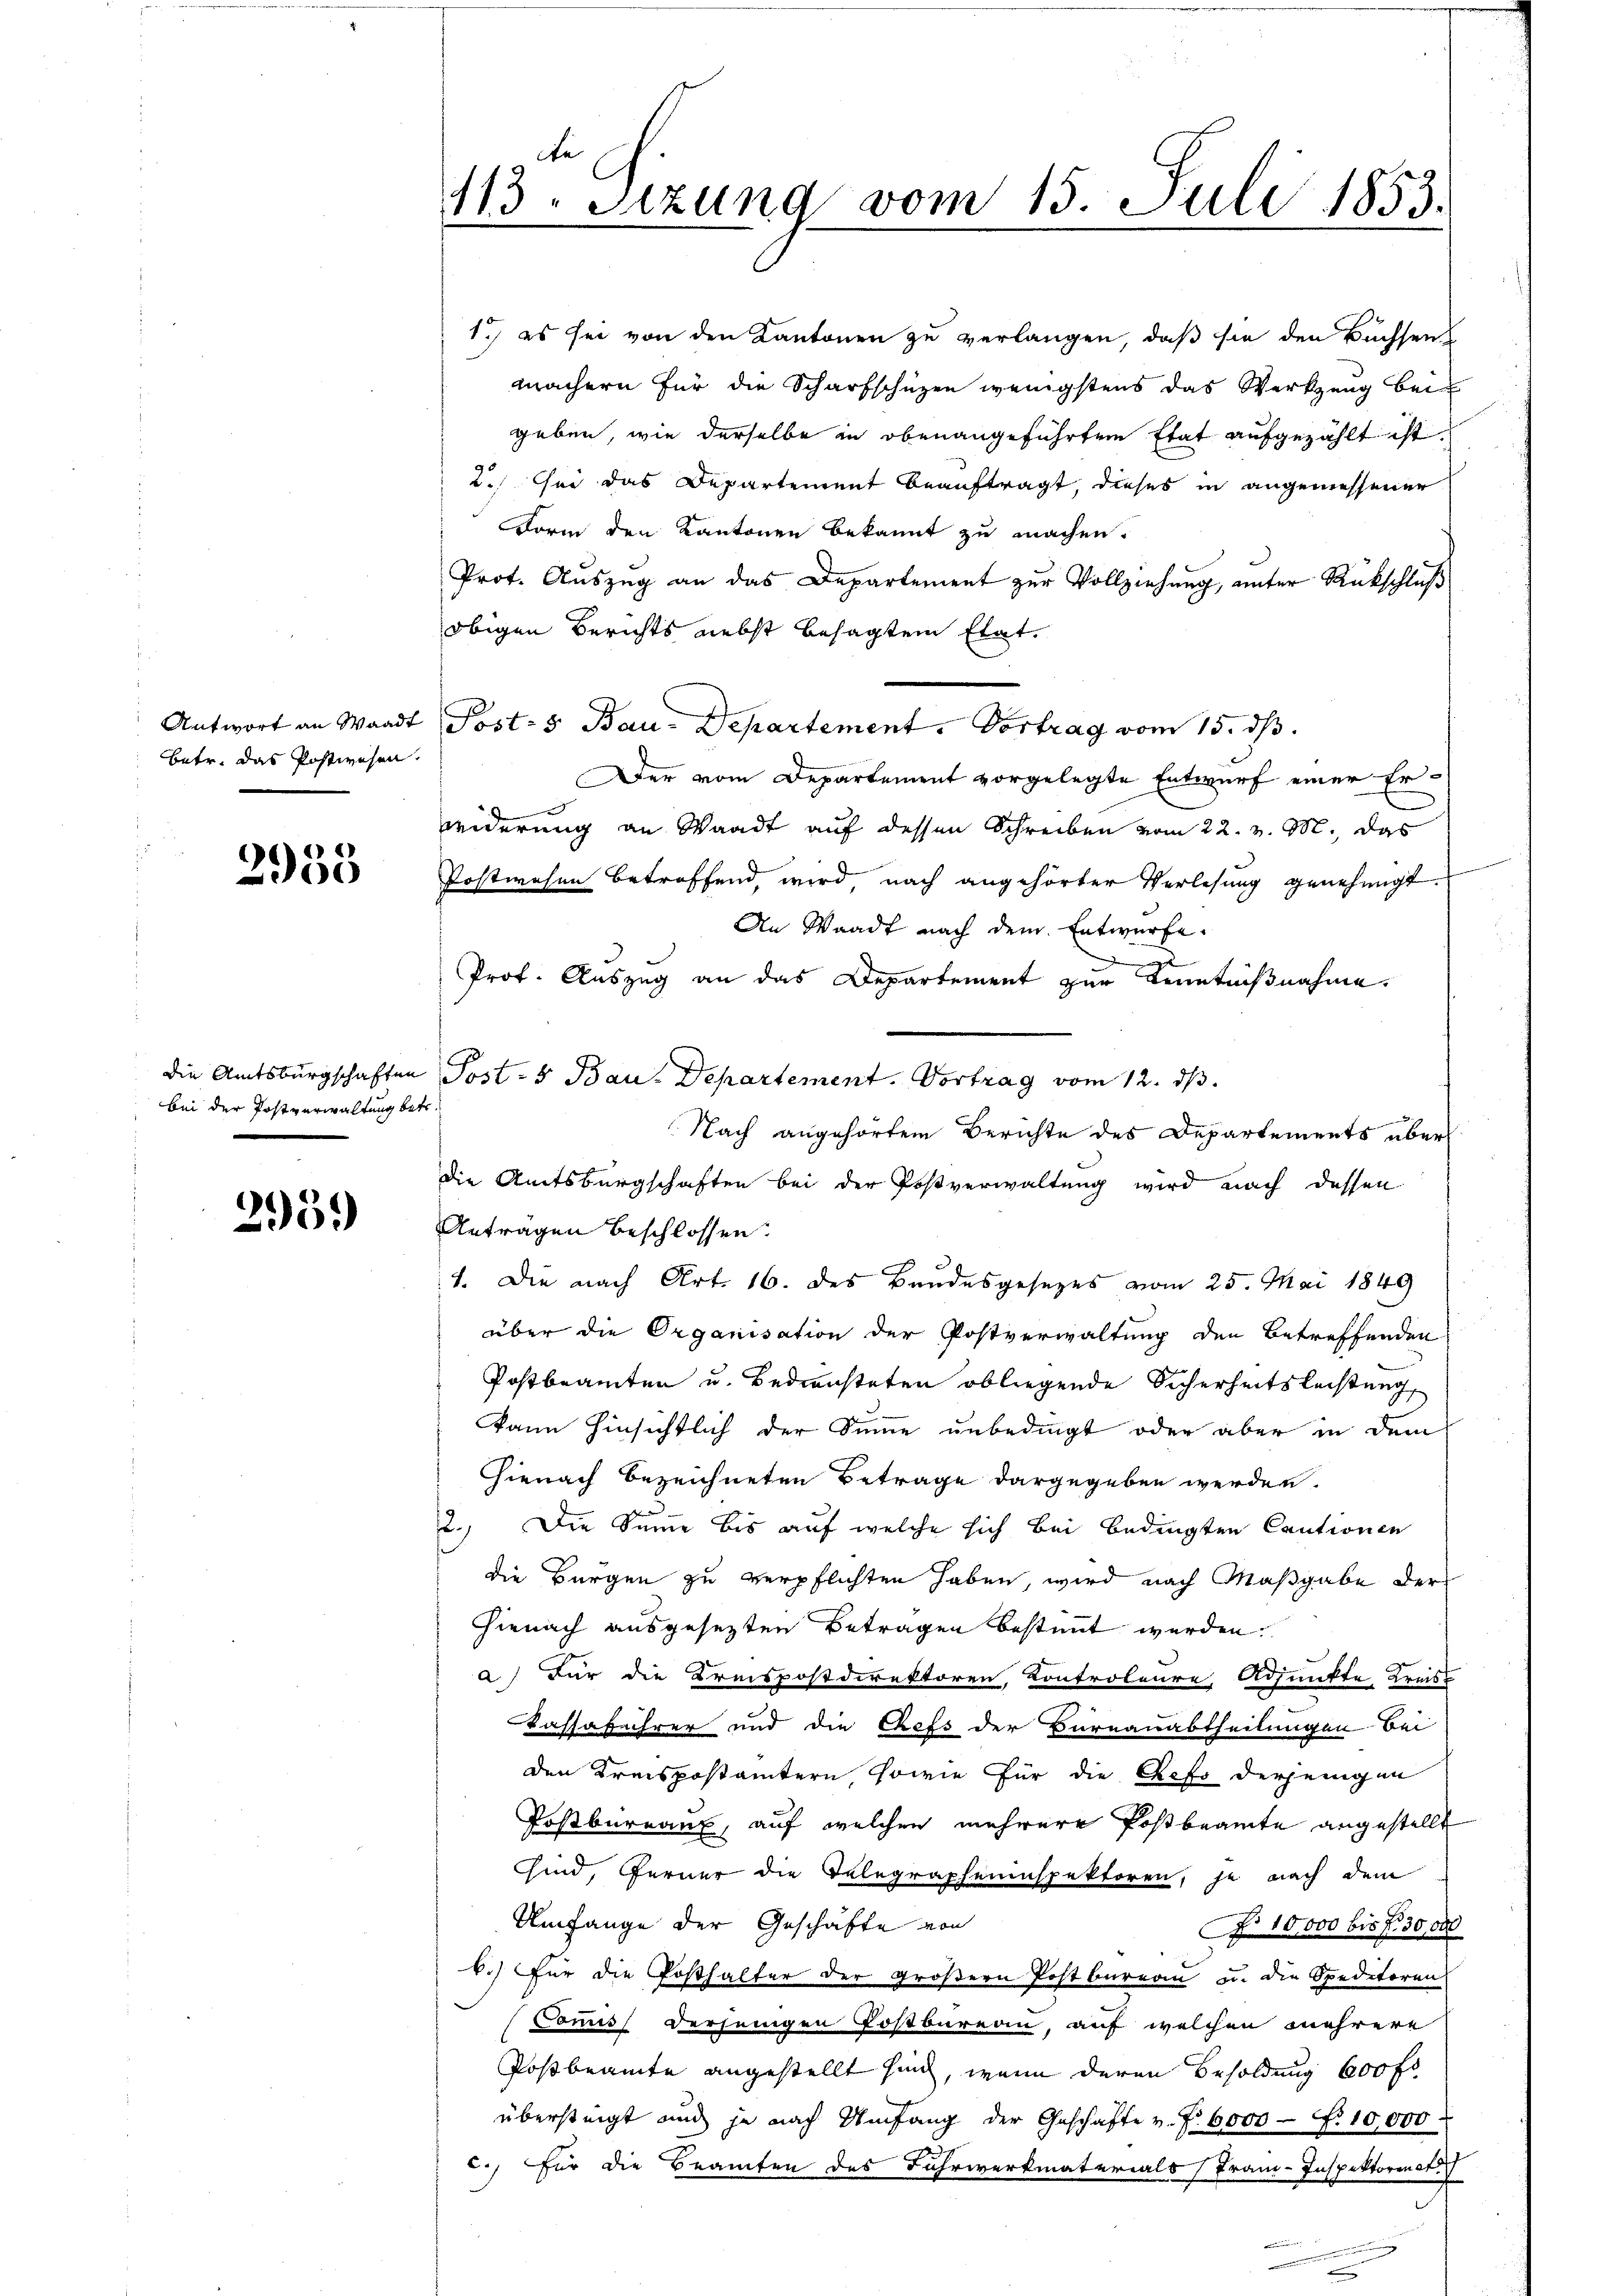
Antwort an Waadt
betr. das Postwesen.

4
)
e

die Amtsbürgschaften
bei der Postverwaltung betr.

2959

113. Sitzung vom 15. Juli 1853.

1.) es sei von den Kantonen zu verlangen, daß sie den Büchsen
machern für die Scharfschüzen wenigstens das Werkzeug bei
geben, wie derselbe in obenangeführten Etat aufgezählt ist.
2.) Sei das Departement beauftragt, dieses in angemessener
Form den Kantonen bekannt zu machen.
Prot. Auszug an das Departement zur Vollziehung, unter Rückschluß
obigen Berichts nebst besagtem Etat.
Post- 5 Bau-Departement. Vortrag vom 15. ds.
Der vom Departement vorgelegte Entwurf einer Erwiderung an Waadt auf dessen Schreiben vom 22. v. M. das
Postwesen betroffend wird nach angehörter Verlesung genehmigt
An Waadt nach dem Entwürfe.
Prof. Auszug an das Departement zur Kenntnißnahme.
Post- & Bau-Departement. Vortrag vom 12. ds.
Nach angehörtem Berichte des Departements über
die Amtsbürgschaften bei der Postverwaltung wird nach dessen
Antragen beschlossen:
4. Die nach Art. 16. des Bandesgesezes vom 25. Mai 1849
über die Organisation der Postverwaltung den Betreffenden
Postbeamten u. Bediensteten obliegende Sicherheitsleistung
kann hinsichtlich der Summe unbedingt oder aber in dem
Hienach bezeichneten Betrage dargegeben werden.
2.) Die Sinne bis auf welche sich bei bedingten Cautionen
die Bürgen zu verpflichten haben, wird nach Maßgabe der
Hienach ausgesezten Betragen bestimmt werden.
a.) Für die Kreispostdirektoren, Kontroleure, Adjunkte, Kreist
Kassabehrer und die Chefs der Bureauabtheilungen bei
den Kreispostämtern, sowie für die Chefs derjenigen
Postbureaux, auf welchen mehrere Postbeamte angestellt
sind, ferner die Telegrapheninspektoren, je nach dem
Umfange der Geschäfte von
No 10,000 bis 730,000
k.) Für die Posthalter der größern Postbureau u. die Speditoren
Commis derjenigen Postbureau, auf welchen mehrere
Postbeamte angestellt sind, wenn deren Besoldung 600 fl.
übersteigt und je nach Umfang der Geschäfte v. P. 6000 f. 10,000
c.) für die Brauchen des Fuhrwerkmaterials Franz-Inspektoren h